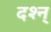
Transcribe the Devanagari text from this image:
दश्न्